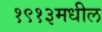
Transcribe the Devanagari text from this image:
१९१३मधील